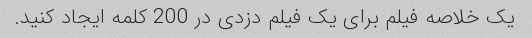
یک خلاصه فیلم برای یک فیلم دزدی در 200 کلمه ایجاد کنید.